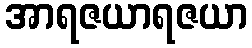
အာရဇယာရဇယာ